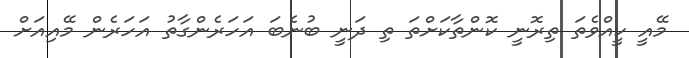
މޭއީ ކީއްވެތަ ތިރޮނީ ކޮންތާކަށްތަ ތި ދަނީ ބުނެބަ އަހަރެންގާތު އަހަރެން މޭއިއަށް